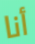
أنا